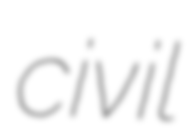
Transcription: civil